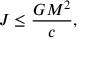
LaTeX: J \leq { \frac { G M ^ { 2 } } { c } } ,